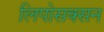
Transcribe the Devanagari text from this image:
लिपोसक्सन